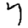
Digit: 7